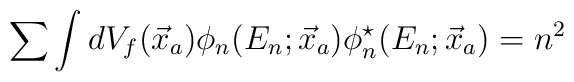
\sum \int dV_{f}(\vec{x}_{a})\phi_{n}(E_{n};\vec{x}_{a})\phi_{n}^{\star}(E_{n};\vec{x}_{a}) = n^{2}